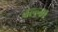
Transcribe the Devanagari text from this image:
बल्ल्भ